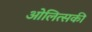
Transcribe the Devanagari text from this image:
ओलित्सकी